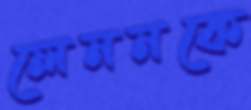
লেননকে